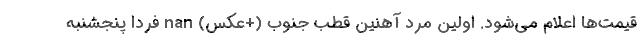
قیمت‌ها اعلام می‌شود. اولین مرد آهنین قطب جنوب (+عکس) nan فردا پنجشنبه